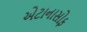
એટાનાસોફ